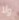
ولا